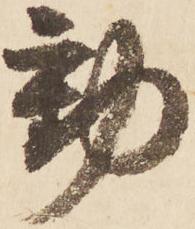
動